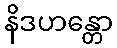
နိဒဟန္တော